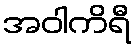
အဝါကိရီ